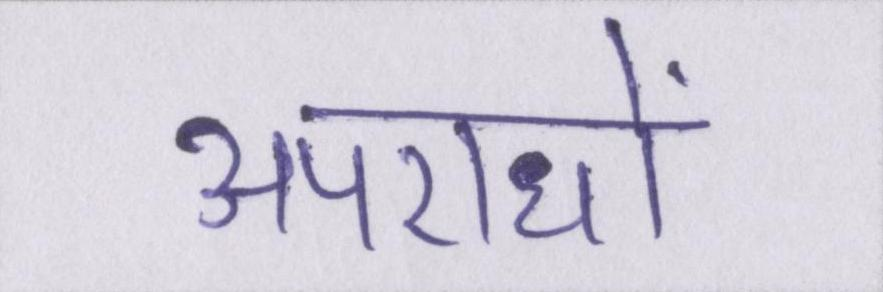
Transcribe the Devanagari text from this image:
अपराधों